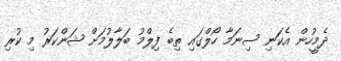
ދެމީހުން އެކަނި ސިނަމާ ހޯލްގައި ތިބެ ފިލްމު ބަލާލުމަށް ޝަންކަރު މި ކުރި